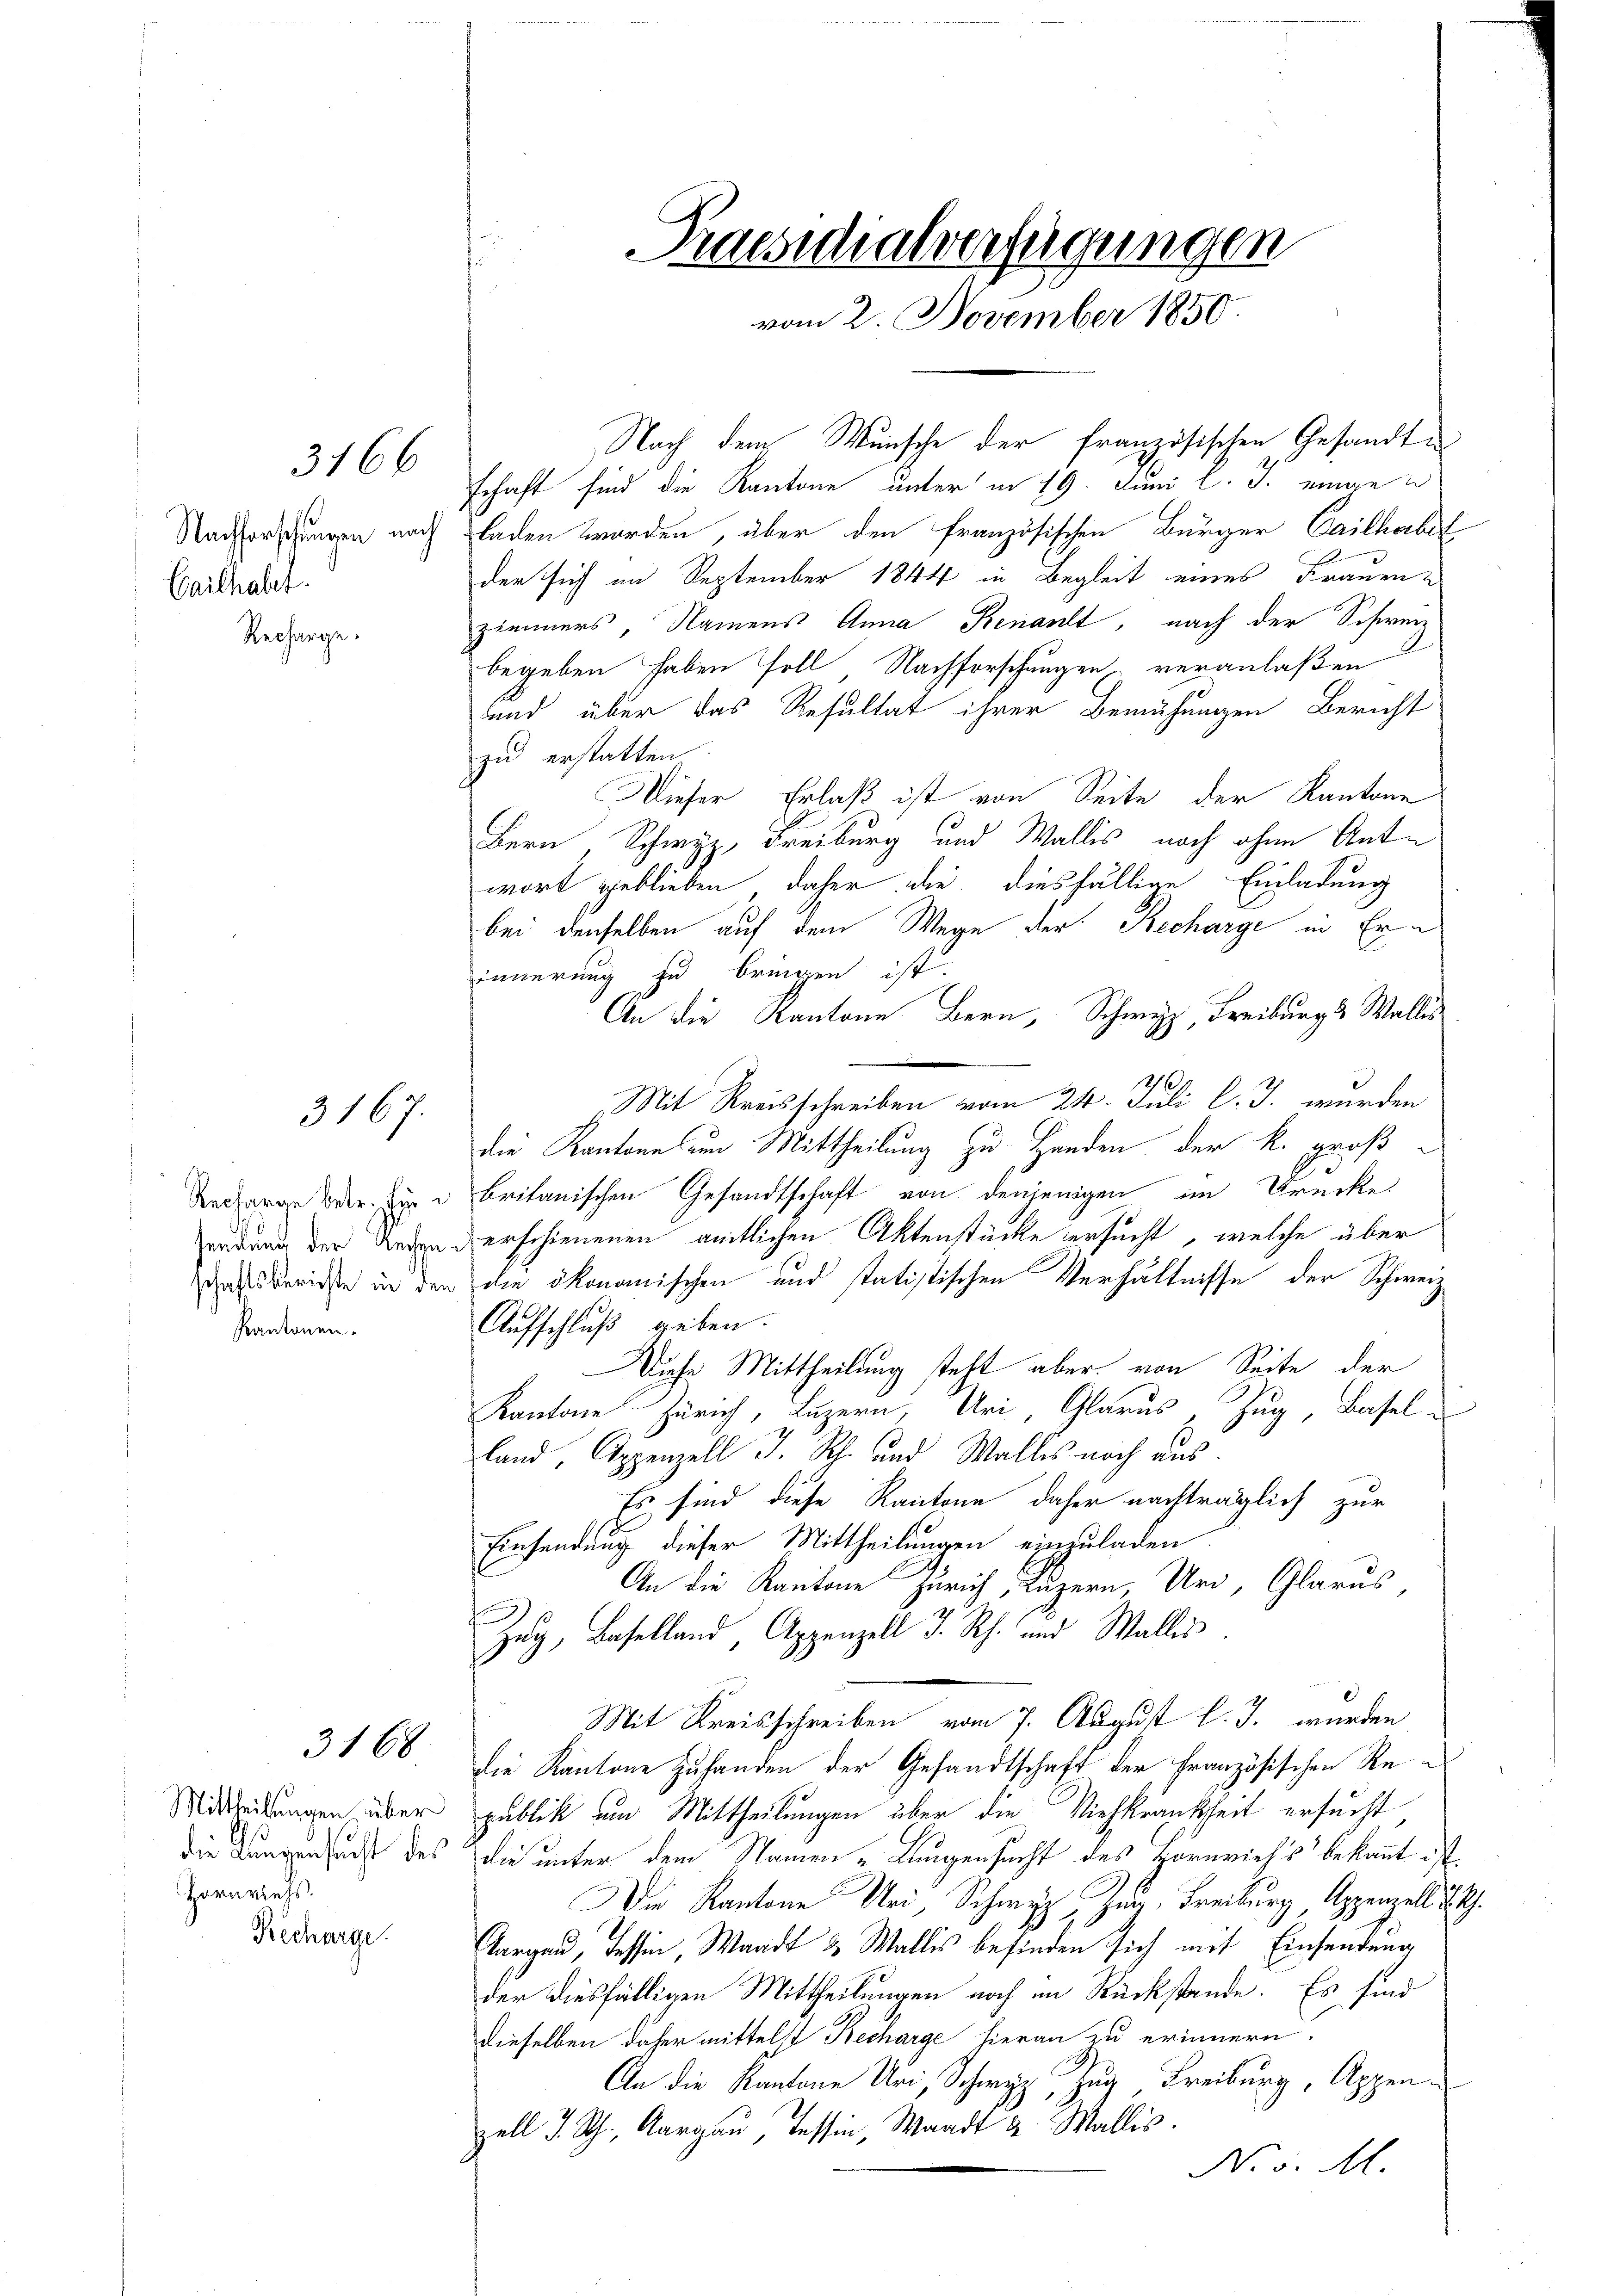
Cailhabet
Recharge.

Pantonen.

3166

3167.

3168

Nach dem Wunsche der französischen Gesandte
schaft sind die Kantone unter in 19. Juni l. J. eingen
Nachforschungen nach laden worden, über den französischen Bürger Cailhabel
der sich im September 1844 in Begleit eines Frauenzimmers, Namens Anna Kenant, nach der Schweiz
begeben haben soll Nachforschungen veranlaßen
und über das Resultat ihrer Bemühungen Bericht
zu erstatten
Wieser Erlaß ist von Seite der Kantone
Bern Schwyz, Freiburg und Wallis noch ohne Anto
wort geblieben, daher die diesfällige Einladung
bei denselben auf dem Wege der Recharge in Erinnerung zu bringen ist.
An die Kantone Bern, Schwyz, Freiburg & Wallis
6
Mit Kreisschreiben vom 24. Juli l. J. wurden
die Kantone um Mittheilung zu Handen der K. groß
Recharge betr. die britanischen Gesandtschaft von denjenigen im Brecke
ordung der Reden derschienenen amtlichen Aktenstücke ersucht, welche über
das Berichte in den die ökonomischen und statistischen Verhältnisse der Schweiz
Aufschluß geben.
Diese Mittheilung steht aber von Seite der
Kantone Zürich, Luzern Uri, Glarus Zug, Basel
land, Appenzell I. Rh. und Walles noch aus.
Es sind diese Kantone daher nachträglich zur
Einsendung dieser Mittheilungen einzuladen
An die Kantone Zürich, Luzern Uri, Glarus,
Zug, Baselland Appenzell I. Rh. und Wallis.
Mit Kreisschreiben vom 7. August l. J. wurden
die Kantone zuhanden der Gesandtschaft der Französischen Re¬
Mittheilungen über publik um Mittheilungen über die Viehkrankheit ersucht
die Lungensact des die unter dem Namen „Laugensucht des Hornviehs bekannt ist.
Die Kantone Uri Schwyz, Zug, Freiburg Appenzell A. G.
targau, Tessin, Waadt & Wallis befinden sich mit Einsendung
der diesfälligen Mittheilungen noch im Rückstände. Es sind
dieselben daher mittelst Recharge hieran zu erinnern.
An die Kantone Uri, Schwyz, Zug Freiburg, Appenzell I. Sch., Aargau, Tessin, Waadt u. Wallis.
No. 5. M.

Hornviels.
Recharge.

Praesidialverfügungen
vom 2. November 1850